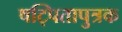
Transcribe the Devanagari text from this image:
षट्पितापुत्रक